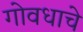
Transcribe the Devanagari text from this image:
गोवधाचे